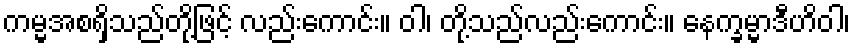
ကမ္မအစရှိသည်တို့ဖြင့် လည်းကောင်း။ ဝါ၊ တို့သည်လည်းကောင်း။ နေက္ခမ္မာဒီဟိဝါ၊